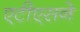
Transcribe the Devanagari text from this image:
एटीएसने